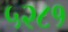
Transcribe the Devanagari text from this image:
५२८१